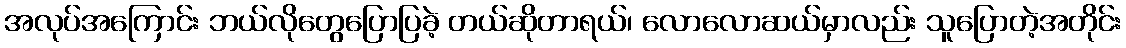
အလုပ်အကြောင်း ဘယ်လိုတွေပြောပြခဲ့ တယ်ဆိုတာရယ်၊ လောလောဆယ်မှာလည်း သူပြောတဲ့အတိုင်း